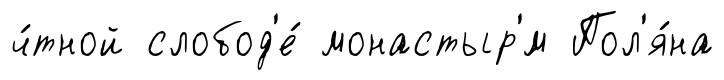
ч́тной слобод'е́ монастыр'́м Пол'я́на